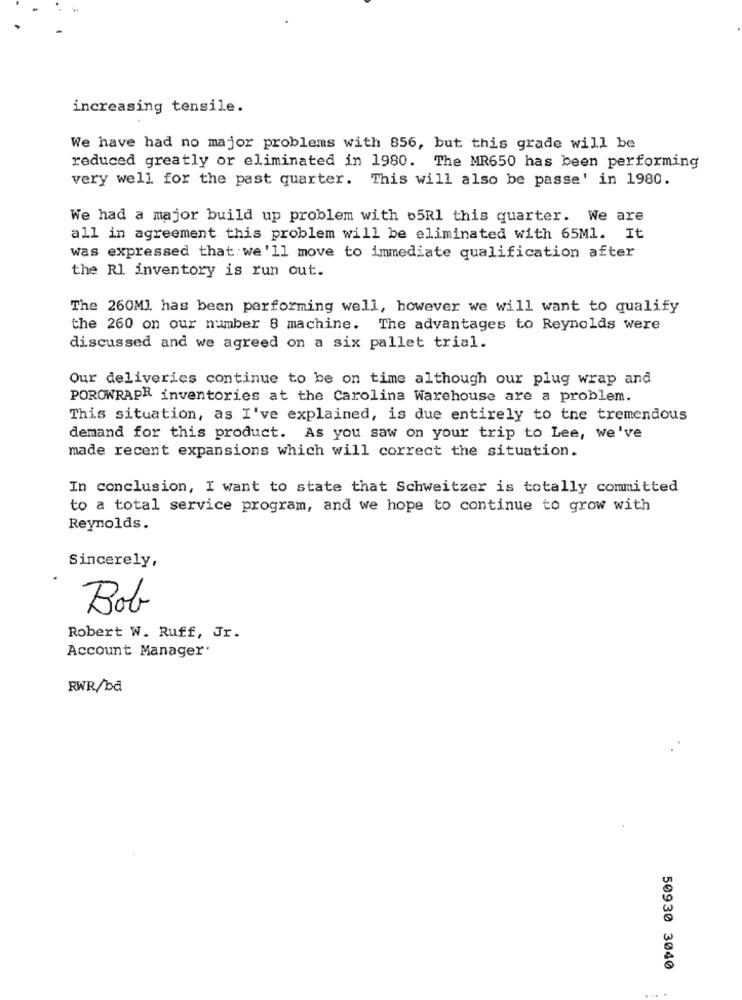
increasing tensile.
We have had no major problems with 856, but this grade will be
reduced greatly or eliminated in 1980. The MR650 has been performing
very well for the past quarter. This will also be passe' in 1980.
We had a major build up problem with 65Rl this quarter. We are
all in agreement this problem will be eliminated with 65Ml. It
was expressed that we'll move to immediate qualification after
the Rl inventory is run out.
The 260Ml has been performing well, however we will want to qualify
the 260 on our number 8 machine. The advantages to Reynolds were
discussed and we agreed on a six pallet trial.
Our deliveries continue to be on time although our plug wrap and
POROWRAPR inventories at the Carolina Warehouse are a problem.
This situation, as I've explained, is due entirely to the tremendous
demand for this product. As you saw on your trip to Lee, we've
made recent expansions which will correct the situation.
In conclusion, I want to state that Schweitzer is totally committed
to a total service program, and we hope to continue to grow with
Reynolds.
Sincerely,
Bob
Robert W. Ruff, Jr.
Account Manager
RWR/bd
50930 3040